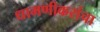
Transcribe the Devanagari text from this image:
धामणीकरांचा